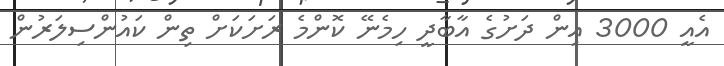
އެއީ 3000 އިން ދަށުގެ އާބާދީ ހިމެނޭ ކޮންމެ ރަށަކަށް ތިން ކައުންސިލަރުން